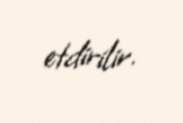
etdirilir.